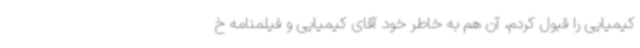
کیمیایی را قبول کردم، آن هم به خاطر خود آقای کیمیایی و فیلمنامه خ